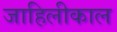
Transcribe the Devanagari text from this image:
जाहिलीकाल